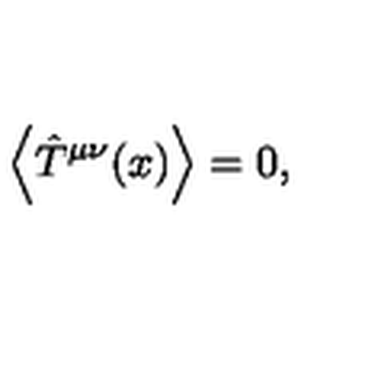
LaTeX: \left\langle \hat { T } ^ { \mu \nu } ( x ) \right\rangle = 0 ,